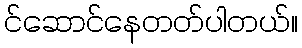
င်ဆောင်နေတတ်ပါတယ်။